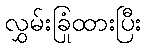
လွှမ်းခြုံထားပြီး